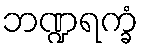
ဘဏ္ဍရက္ခံ